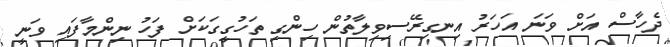
ދެހާސް އަށް ވަނަ އަހަރު އިނގިރޭސިވިލާތުން ހިންގި ތަހުގީގަކަށް ފަހު ނިންމާފައި ވަނީ